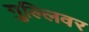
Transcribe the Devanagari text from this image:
गुल्लिवर